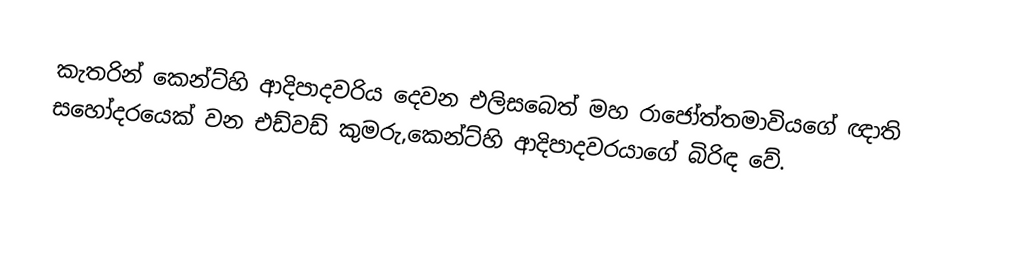
කැතරින් කෙන්ට්හි ආදිපාදවරිය දෙවන එලිසබෙත් මහ රාජෝත්තමාවියගේ ඥාති සහෝදරයෙක් වන එඩ්වඩ් කුමරු,කෙන්ට්හි ආදිපාදවරයාගේ බිරිඳ වේ.